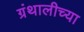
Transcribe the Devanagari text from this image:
ग्रंथालीच्‍या